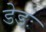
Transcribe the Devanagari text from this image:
डेडः